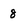
Character: 8